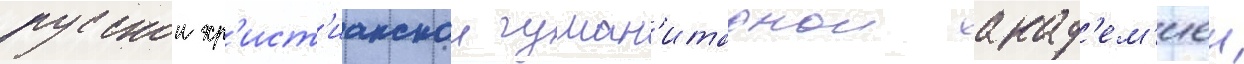
русскои хр'ист'ианскои гуман'итарнои акад'ем'иеи